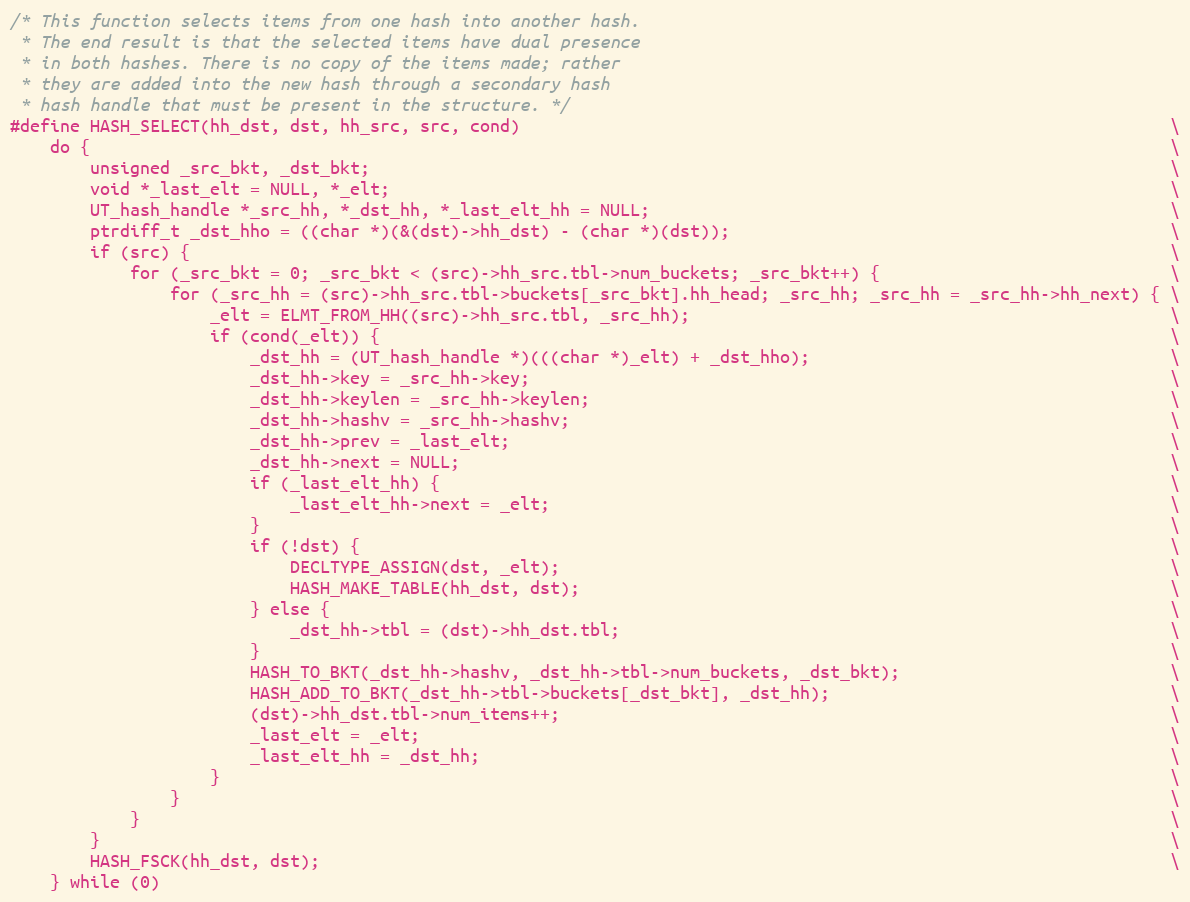
Language: C
/* This function selects items from one hash into another hash.
 * The end result is that the selected items have dual presence
 * in both hashes. There is no copy of the items made; rather
 * they are added into the new hash through a secondary hash
 * hash handle that must be present in the structure. */
#define HASH_SELECT(hh_dst, dst, hh_src, src, cond)                                                                 \
    do {                                                                                                            \
        unsigned _src_bkt, _dst_bkt;                                                                                \
        void *_last_elt = NULL, *_elt;                                                                              \
        UT_hash_handle *_src_hh, *_dst_hh, *_last_elt_hh = NULL;                                                    \
        ptrdiff_t _dst_hho = ((char *)(&(dst)->hh_dst) - (char *)(dst));                                            \
        if (src) {                                                                                                  \
            for (_src_bkt = 0; _src_bkt < (src)->hh_src.tbl->num_buckets; _src_bkt++) {                             \
                for (_src_hh = (src)->hh_src.tbl->buckets[_src_bkt].hh_head; _src_hh; _src_hh = _src_hh->hh_next) { \
                    _elt = ELMT_FROM_HH((src)->hh_src.tbl, _src_hh);                                                \
                    if (cond(_elt)) {                                                                               \
                        _dst_hh = (UT_hash_handle *)(((char *)_elt) + _dst_hho);                                    \
                        _dst_hh->key = _src_hh->key;                                                                \
                        _dst_hh->keylen = _src_hh->keylen;                                                          \
                        _dst_hh->hashv = _src_hh->hashv;                                                            \
                        _dst_hh->prev = _last_elt;                                                                  \
                        _dst_hh->next = NULL;                                                                       \
                        if (_last_elt_hh) {                                                                         \
                            _last_elt_hh->next = _elt;                                                              \
                        }                                                                                           \
                        if (!dst) {                                                                                 \
                            DECLTYPE_ASSIGN(dst, _elt);                                                             \
                            HASH_MAKE_TABLE(hh_dst, dst);                                                           \
                        } else {                                                                                    \
                            _dst_hh->tbl = (dst)->hh_dst.tbl;                                                       \
                        }                                                                                           \
                        HASH_TO_BKT(_dst_hh->hashv, _dst_hh->tbl->num_buckets, _dst_bkt);                           \
                        HASH_ADD_TO_BKT(_dst_hh->tbl->buckets[_dst_bkt], _dst_hh);                                  \
                        (dst)->hh_dst.tbl->num_items++;                                                             \
                        _last_elt = _elt;                                                                           \
                        _last_elt_hh = _dst_hh;                                                                     \
                    }                                                                                               \
                }                                                                                                   \
            }                                                                                                       \
        }                                                                                                           \
        HASH_FSCK(hh_dst, dst);                                                                                     \
    } while (0)